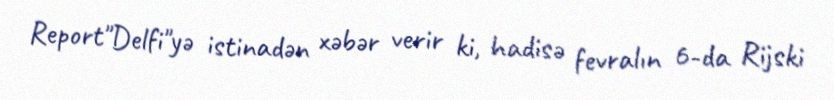
Report"Delfi"yə istinadən xəbər verir ki, hadisə fevralın 6-da Rijski